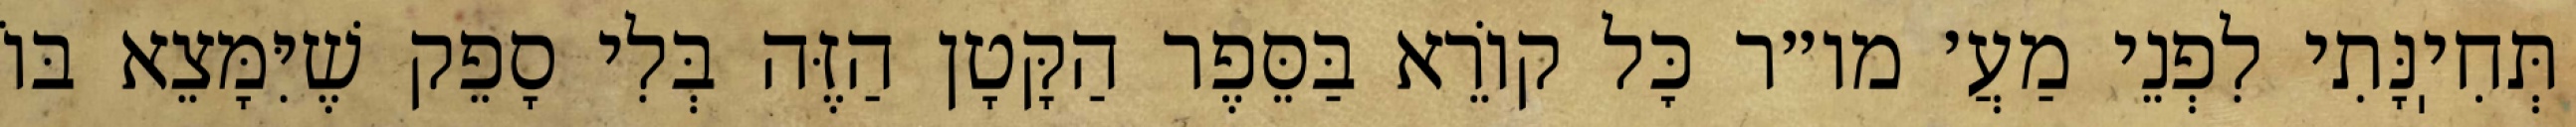
תְּחִיֽנָּתִי לִפְנֵי מַעֲ׳ מו״ר כׇּל קוֹרֵא בַּסֵּפֶר הַקָּטָן הַזֶּה בְּלִי סָפֵק שֶׁיִּמָּצֵא בּוֹ